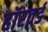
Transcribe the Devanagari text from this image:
हॉरवर्ड